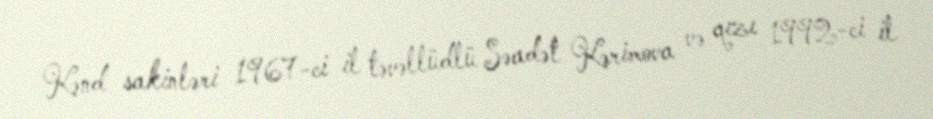
Kənd sakinləri 1967-ci il təvəllüdlü Səadət Kərimova və qızı 1992-ci il